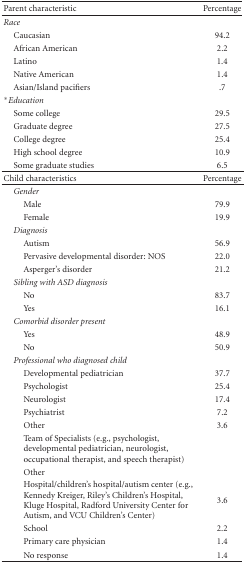
| Parent characteristic | Percentage |
 | --- | --- |
 | Race |  |
 | Caucasian | 94.2 |
 | African American | 2.2 |
 | Latino | 1.4 |
 | Native American | 1.4 |
 | Asian/Island pacifiers | .7 |
 | *Education |  |
 | Some college | 29.5 |
 | Graduate degree | 27.5 |
 | College degree | 25.4 |
 | High school degree | 10.9 |
 | Some graduate studies | 6.5 |
 | Child characteristics | Percentage |
 | Gender |  |
 | Male | 79.9 |
 | Female | 19.9 |
 | Diagnosis |  |
 | Autism | 56.9 |
 | Pervasive developmental disorder: NOS | 22.0 |
 | Asperger's disorder | 21.2 |
 | Sibling with ASD diagnosis |  |
 | No | 83.7 |
 | Yes | 16.1 |
 | Comorbid disorder present |  |
 | Yes | 48.9 |
 | No | 50.9 |
 | Professional who diagnosed child |  |
 | Developmental pediatrician | 37.7 |
 | Psychologist | 25.4 |
 | Neurologist | 17.4 |
 | Psychiatrist | 7.2 |
 | Other | 3.6 |
 | Team of Specialists (e.g., psychologist, developmental pediatrician, neurologist, occupational therapist, and speech therapist) |  |
 | Other |  |
 | Hospital/children's hospital/autism center (e.g., Kennedy Kreiger, Riley's Children's Hospital, Kluge Hospital, Radford University Center for Autism, and VCU Children's Center) | 3.6 |
 | School | 2.2 |
 | Primary care physician | 1.4 |
 | No response | 1.4 |